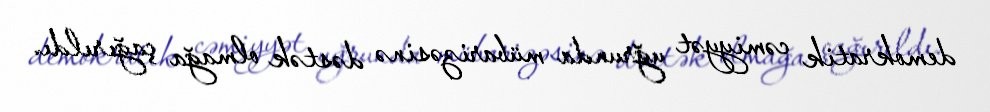
demokratik cəmiyyət uğrunda mübarizəsinə dəstək olmağa çağırıldı.